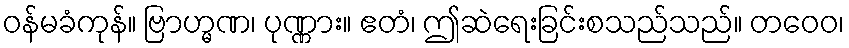
ဝန်မခံကုန်။ ဗြာဟ္မဏ၊ ပုဏ္ဏား။ ဧတံ၊ ဤဆဲရေးခြင်းစသည်သည်။ တဝေဝ၊